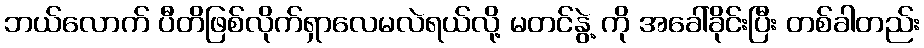
ဘယ်လောက် ပီတိဖြစ်လိုက်ရှာလေမလဲရယ်လို့ မတင်နွဲ့ ကို အခေါ်ခိုင်းပြီး တစ်ခါတည်း